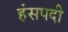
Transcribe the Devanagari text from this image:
हंसपदी